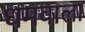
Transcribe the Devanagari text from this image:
धमवाला